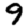
Digit: 9